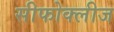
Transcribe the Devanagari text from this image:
सीफोक्लीज